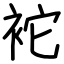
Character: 袉